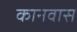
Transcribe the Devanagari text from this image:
कानवास